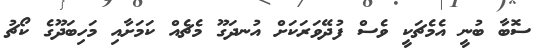
ސޮބާ ބުނީ އެމެޗަކީ ވެސް ފުދޭވަރަކަށް އުނދަގޫ މެޗެއް ކަމަށާއި މަހިބަދޫގެ ކޯޗު